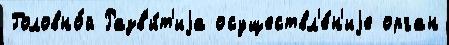
Головно́й Разв'и́т'иjа осуществл'е́н'иjе орган